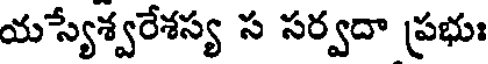
యస్యేశ్వరేశస్య స సర్వదా ప్రభుః